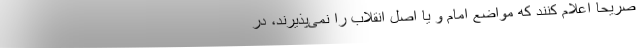
صریحاً اعلام کنند که مواضع امام و یا اصل انقلاب را نمی‌پذیرند، در